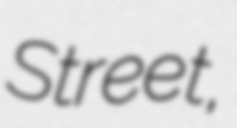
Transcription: Street,